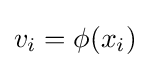
{{v}_{i}}=\phi ({{x}_{i}})